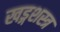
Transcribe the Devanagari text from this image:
खड्गशस्त्र